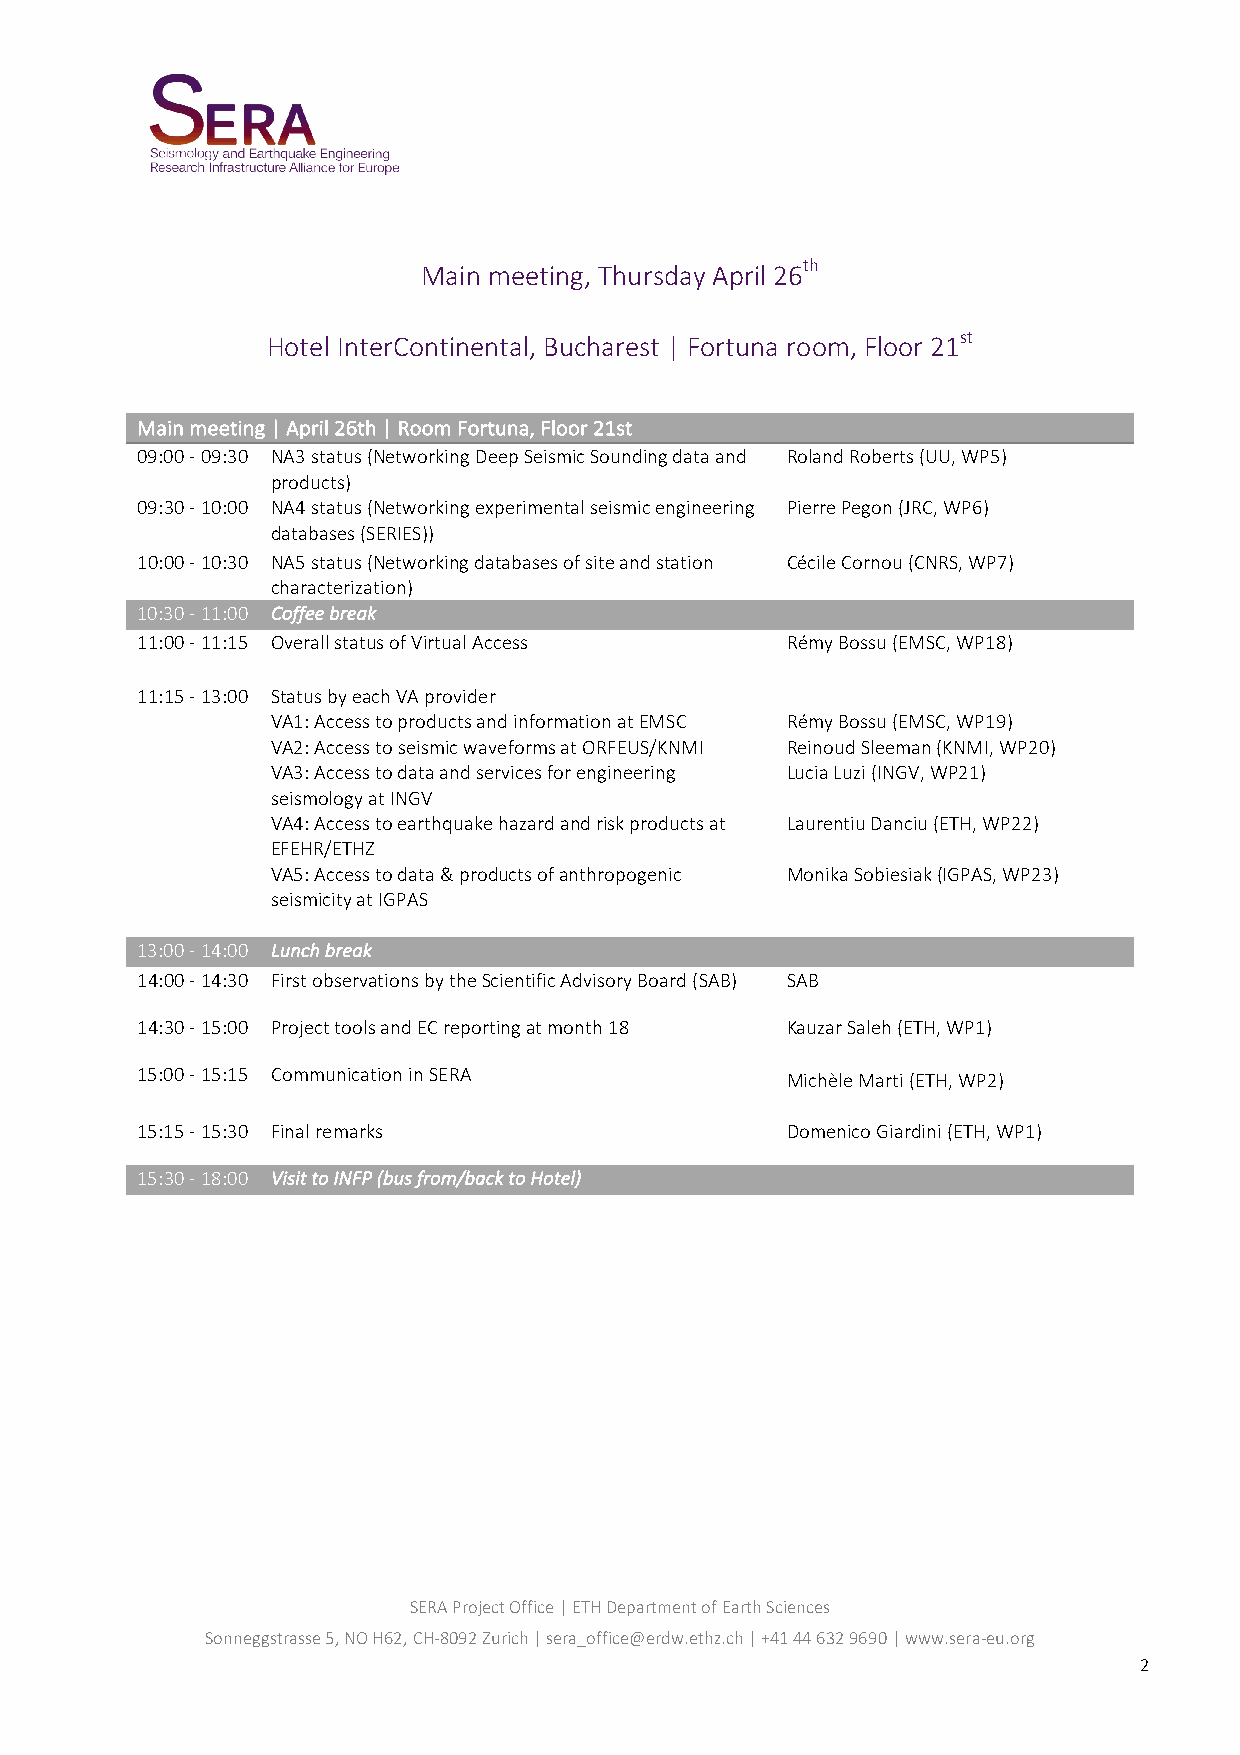
Main meeting, Thursday April 26th
 Hotel InterContinental, Bucharest | Fortuna room, Floor 21st
 Main meeting | April 26th | Room Fortuna, Floor 21st
 09:00 - 09:30 NA3 status (Networking Deep Seismic Sounding data and Roland Roberts (UU, WP5)
 products)
 09:30 - 10:00 NA4 status (Networking experimental seismic engineering Pierre Pegon (JRC, WP6)
 databases (SERIES))
 10:00 - 10:30 NA5 status (Networking databases of site and station Cécile Cornou (CNRS, WP7)
 characterization)
 10:30 - 11:00 Coffee break
 11:00 - 11:15 Overall status of Virtual Access Rémy Bossu (EMSC, WP18)
 11:15 - 13:00 Status by each VA provider
 VA1: Access to products and information at EMSC Rémy Bossu (EMSC, WP19)
 VA2: Access to seismic waveforms at ORFEUS/KNMI Reinoud Sleeman (KNMI, WP20)
 VA3: Access to data and services for engineering Lucia Luzi (INGV, WP21)
 seismology at INGV
 VA4: Access to earthquake hazard and risk products at Laurentiu Danciu (ETH, WP22)
 EFEHR/ETHZ
 VA5: Access to data & products of anthropogenic Monika Sobiesiak (IGPAS, WP23)
 seismicity at IGPAS
 13:00 - 14:00 Lunch break
 14:00 - 14:30 First observations by the Scientific Advisory Board (SAB) SAB
 14:30 - 15:00 Project tools and EC reporting at month 18 Kauzar Saleh (ETH, WP1)
 15:00 - 15:15 Communication in SERA        Michèle Marti (ETH, WP2)
 15:15 - 15:30 Final remarks                Domenico Giardini (ETH, WP1)
 15:30 - 18:00 Visit to INFP (bus from/back to Hotel)
 SERA Project Office | ETH Department of Earth Sciences
 Sonneggstrasse 5, NO H62, CH-8092 Zurich | sera_office@erdw.ethz.ch | +41 44 632 9690 | www.sera-eu.org
 2